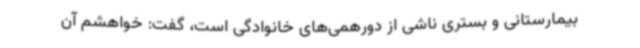
بیمارستانی و بستری ناشی از دورهمی‌های خانوادگی است، گفت: خواهشم آن